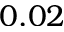
0 . 0 2